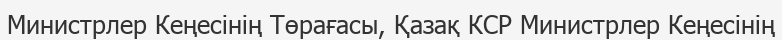
Министрлер Кеңесінің Төрағасы, Қазақ КСР Министрлер Кеңесінің